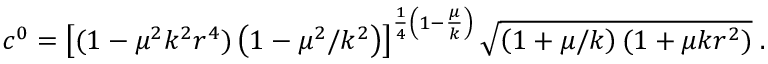
c ^ { 0 } = \left[ ( 1 - \mu ^ { 2 } k ^ { 2 } r ^ { 4 } ) \left( 1 - \mu ^ { 2 } / k ^ { 2 } \right) \right] ^ { \frac { 1 } { 4 } \left( 1 - \frac { \mu } { k } \right) } \sqrt { \left( 1 + \mu / k \right) ( 1 + \mu k r ^ { 2 } ) } \; .